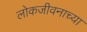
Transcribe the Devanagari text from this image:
लोकजीवनाच्या